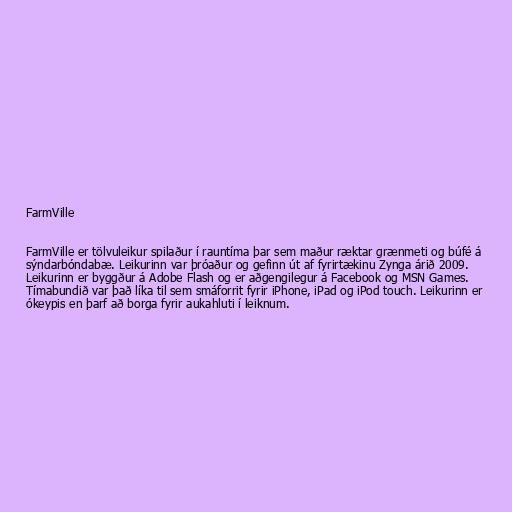
FarmVille

FarmVille er tölvuleikur spilaður í rauntíma þar sem maður ræktar grænmeti og búfé á
sýndarbóndabæ. Leikurinn var þróaður og gefinn út af fyrirtækinu Zynga árið 2009.
Leikurinn er byggður á Adobe Flash og er aðgengilegur á Facebook og MSN Games.
Tímabundið var það líka til sem smáforrit fyrir iPhone, iPad og iPod touch. Leikurinn er
ókeypis en þarf að borga fyrir aukahluti í leiknum.